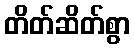
တိတ်ဆိတ်စွာ